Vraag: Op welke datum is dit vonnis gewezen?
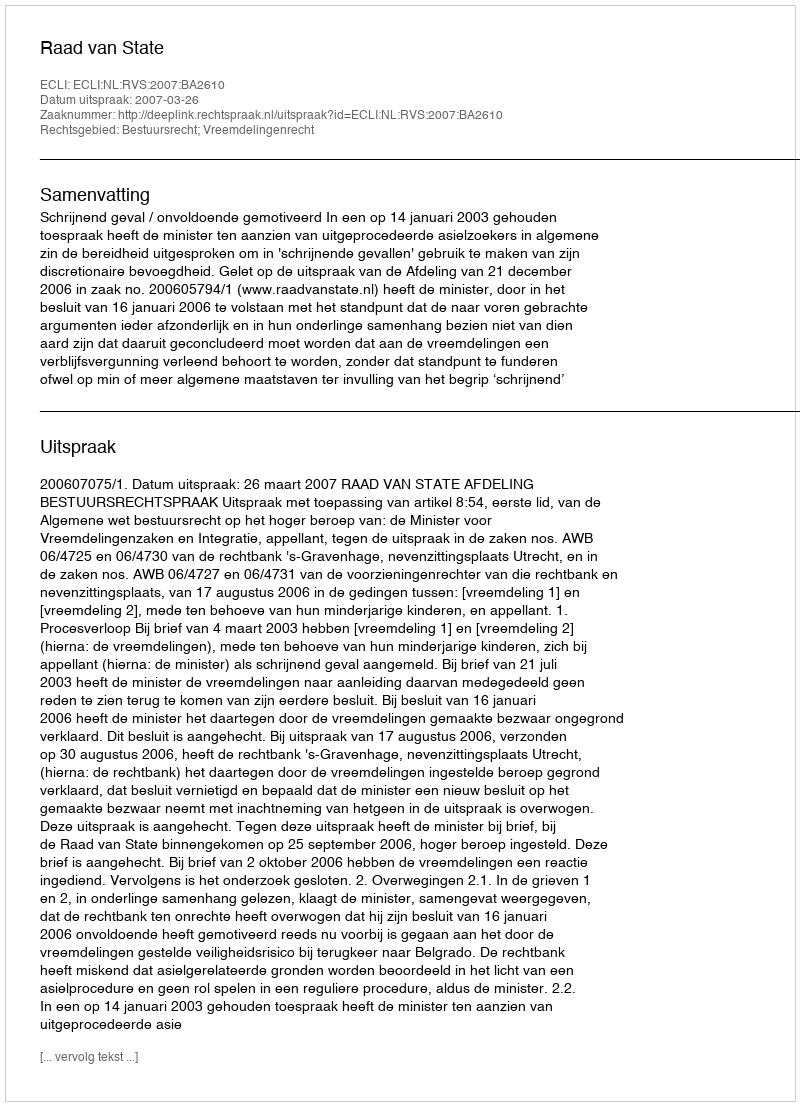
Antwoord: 2007-03-26